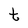
Character: t